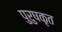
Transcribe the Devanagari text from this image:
पुरुषकृत